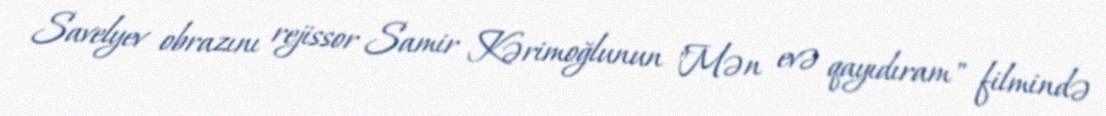
Savelyev obrazını rejissor Samir Kərimoğlunun "Mən evə qayıdıram" filmində